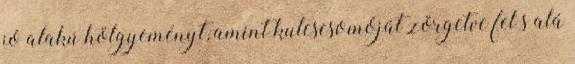
jó alakú hölgyeményt, amint kulcscsomóját zörgetve fel s alá